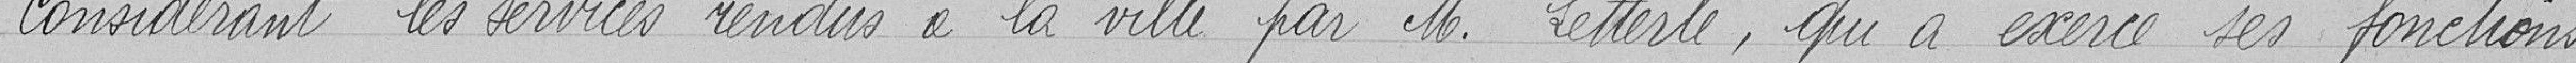
Considérant les services rendus à la ville par Monsieur Letterlé, qui a exercé ses fonctions